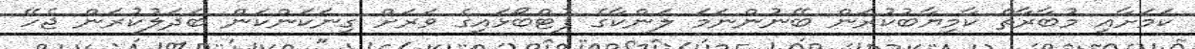
ކަމަށާއި މުބާރާތް ކާމިޔާބުކުރަން ބޭނުންނަމަ ލަންކާގެ ފުޓްބޯޅައިގެ ވަރަށް ގިނަކަންކަން ބަދަލުކުރަން ޖެހޭ